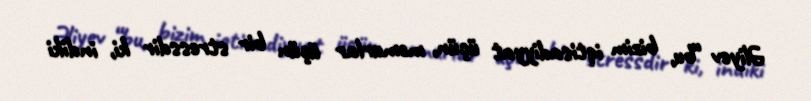
Əliyev “bu, bizim iqtisadiyyat üçün, məmurlar üçün bir stressdir ki, indiki